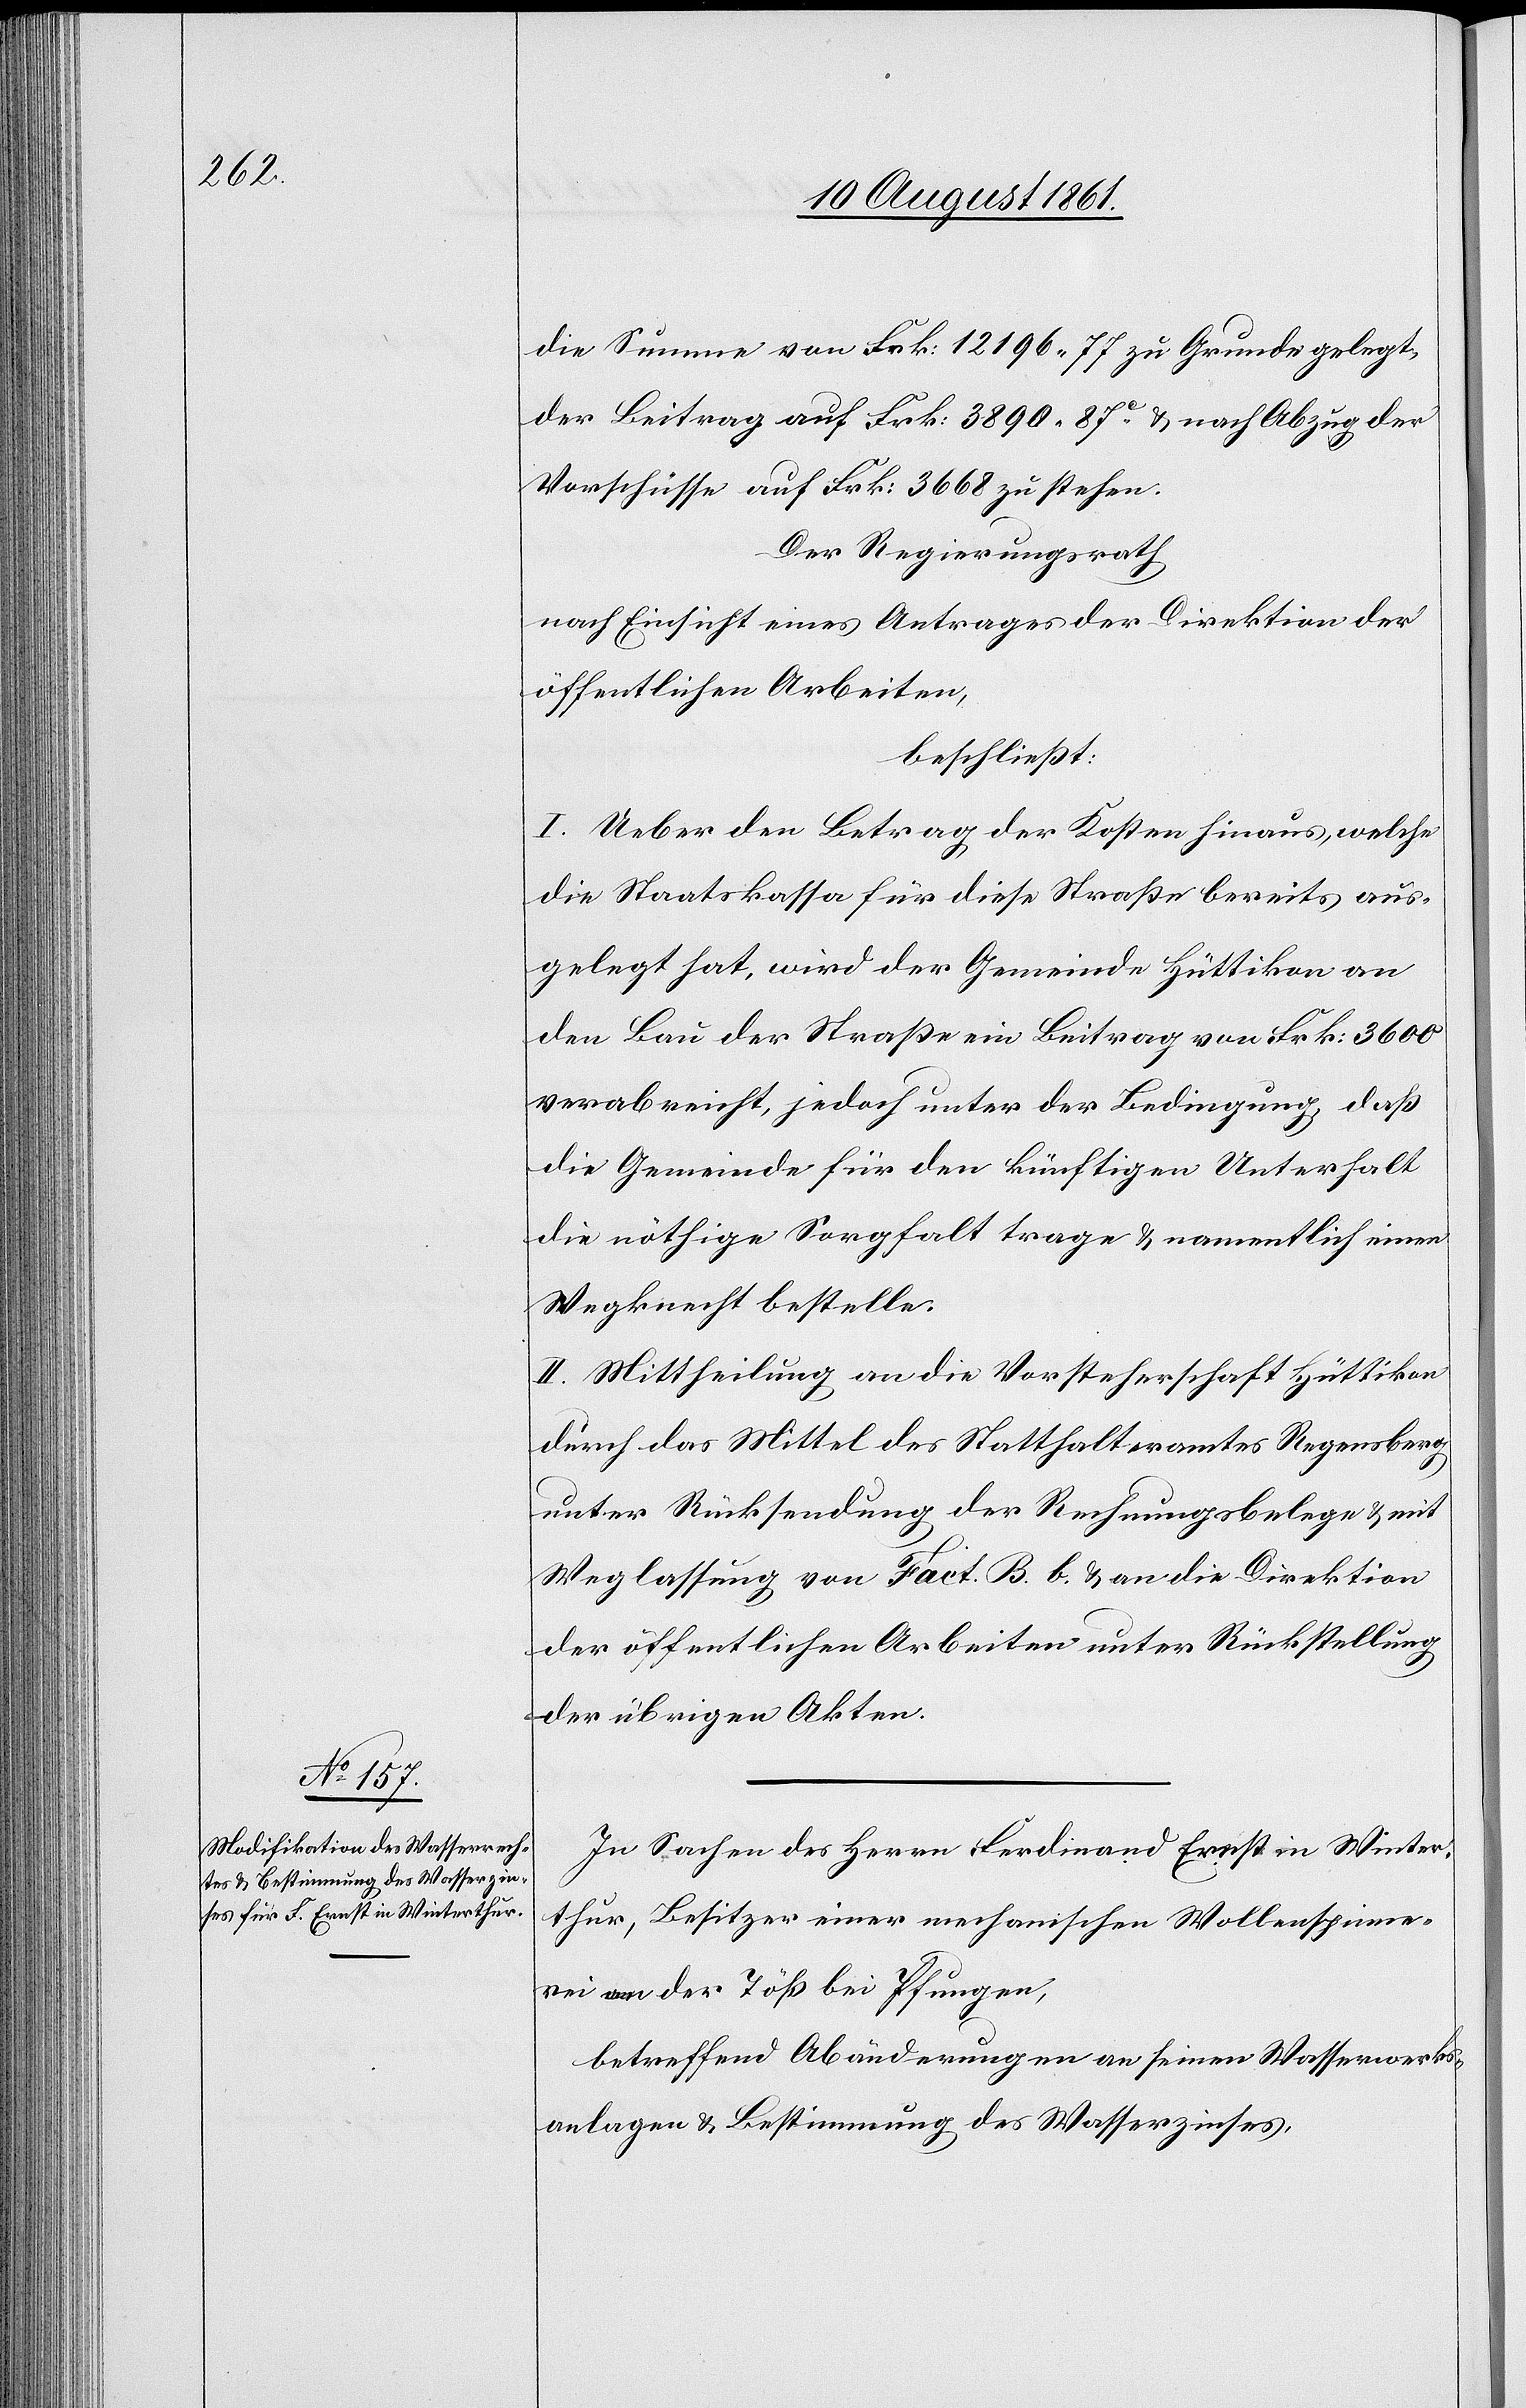
die Summe von Frk. 12196.77 zu Grunde gelegt
der Beitrag auf Frk. 3890.87c u. nach Abzug der
Vorschüsse auf Frk. 3668 zu stehen.
Der Regierungsrath
nach Einsicht eines Antrages der Direktion der
öffentlichen Arbeiten,
beschließt:
I. Ueber den Betrag der Kosten hinaus, welche
die Staatskassa für diese Straße bereits aus¬
gelegt hat, wird der Gemeinde Hüttikon an
den Bau der Straße ein Beitrag von Frk. 3600
verabreicht, jedoch unter der Bedingung daß
die Gemeinde für den künftigen Unterhalt
die nöthige Sorgfalt trage u. namentlich einen
Wegknecht bestelle.
II. Mittheilung an die Vorsteherschaft Hüttikon
durch das Mittel des Statthalteramtes Regensberg
unter Rücksendung der Rechnungsbelege u. mit
Weglassung von Fact. B. b. u. an die Direktion
der öffentlichen Arbeiten unter Rückstellung
der übrigen Akten.
In Sachen des Herrn Ferdinand Ernst in Winter¬
thur, Besitzer einer mechanischen Wollenspinne¬
rei an der Töß bei Pfungen,
betreffend Abänderungen an seinen Wasserwerks¬
anlagen u. Bestimmung des Wasserzinses,